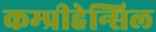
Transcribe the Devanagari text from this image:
कम्प्रीहेन्सिल